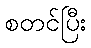
စတင်ပြီး